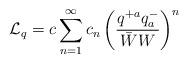
LaTeX: \begin{align*}{\cal L}_q = c\sum^{\infty}_{n=1} c_n \left( \frac{q^{+a}q^{-}_a }{\bar W W}\right)^n \end{align*}